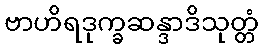
ဗာဟိရဒုက္ခဆန္ဒာဒိသုတ္တံ